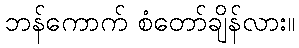
ဘန်ကောက် စံတော်ချိန်လား။